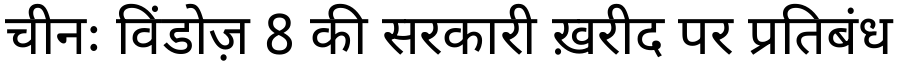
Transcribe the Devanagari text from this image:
चीनः विंडोज़ 8 की सरकारी ख़रीद पर प्रतिबंध